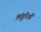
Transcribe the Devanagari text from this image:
लंगुरियों